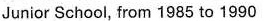
Junior School, from 1985 to 1990